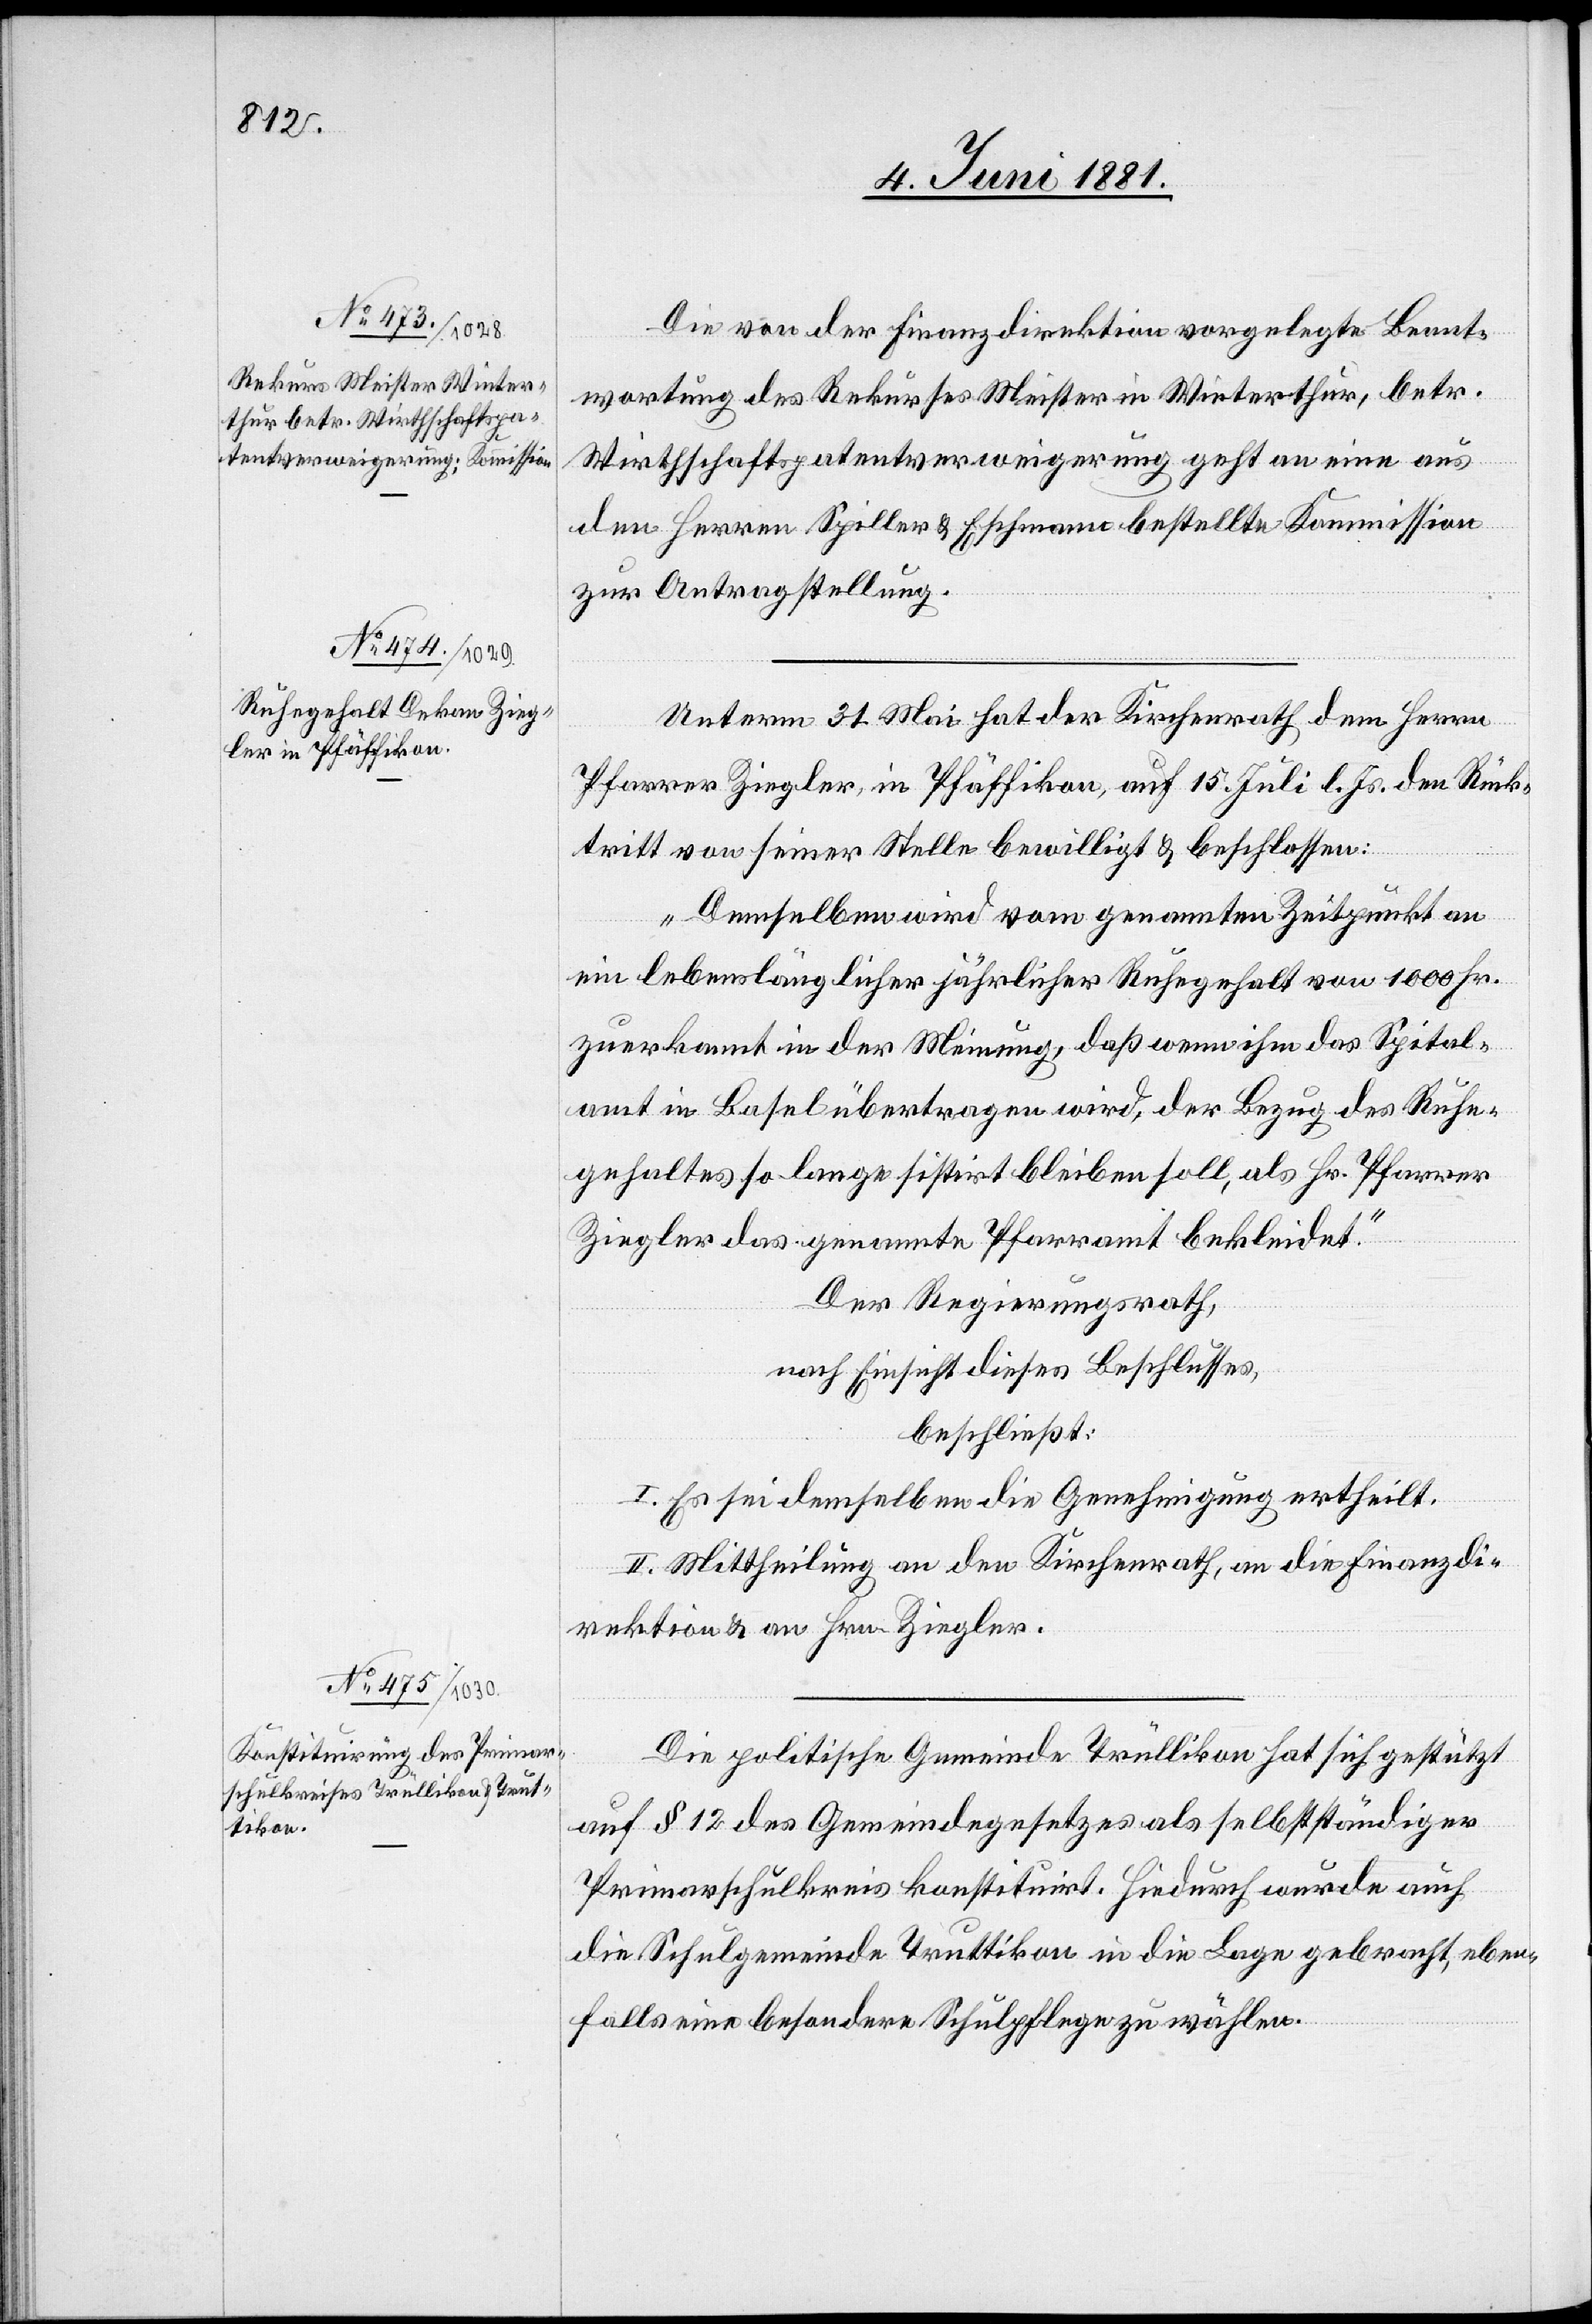
Die von der Finanzdirektion vorgelegte Beant¬
wortung des Rekurses Meister in Winterthur, betr.
Wirthschaftspatentverweigerung geht an eine aus
den Herren Spiller & Eschmann bestellte Kommission
zur Antragstellung.
Unterm 31. Mai hat der Kirchenrath dem Herrn
Pfarrer Ziegler, in Pfäffikon, auf 15. Juli l. Js. den Rücks¬
tritt von seiner Stelle bewilligt & beschlossen:
„Demselben wird von genannten Zeitpunkt an
Fr.
zuerkannt in der Meinung, daß wenn ihm das Spital¬
amt in Basel übertragen wird, der Bezug des Ruhe¬
gehaltes so lange sistirt bleiben soll, als Hr. Pfarrer
Ziegler das genannte Pfarramt bekleidet.“
Der Regierungsrath,
nach Einsicht eines Beschlusses,
beschließt:
I. Es sei demselben die Genehmigung ertheilt.
II. Mittheilung an den Kirchenrath, an die Finanzdi¬
rektion & an Hrn. Ziegler.
Die politische Gemeinde Trüllikon hat sich gestützt
auf § 12 des Gemeindegesetzes als selbstständiger
Primarschulkreis konstituirt. Hiedurch wurde auch
die Schulgemeinde Truttikon in die Lage gebracht, eben¬
falls eine besondere Schulpflege zu wählen.